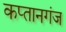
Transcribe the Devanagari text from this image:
कप्‍तानगंज